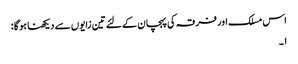
اس مسلک اور فرقہ کی پہچان کے لئے تین زایوں سے دیکھنا ہوگا :
۱۔